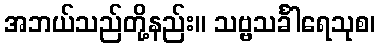
အဘယ်သည်တို့နည်း။ သဗ္ဗသင်္ခါရေသုစ၊